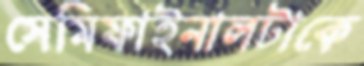
সেমিফাইনালটাকে